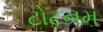
ટોટનમ